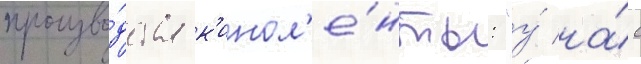
произво́дства к'инол'е́нты: "у́ на́с